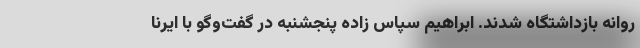
روانه بازداشتگاه شدند. ابراهیم سپاس زاده پنجشنبه در گفت‌وگو با ایرنا